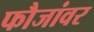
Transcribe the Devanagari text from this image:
फौजांवर